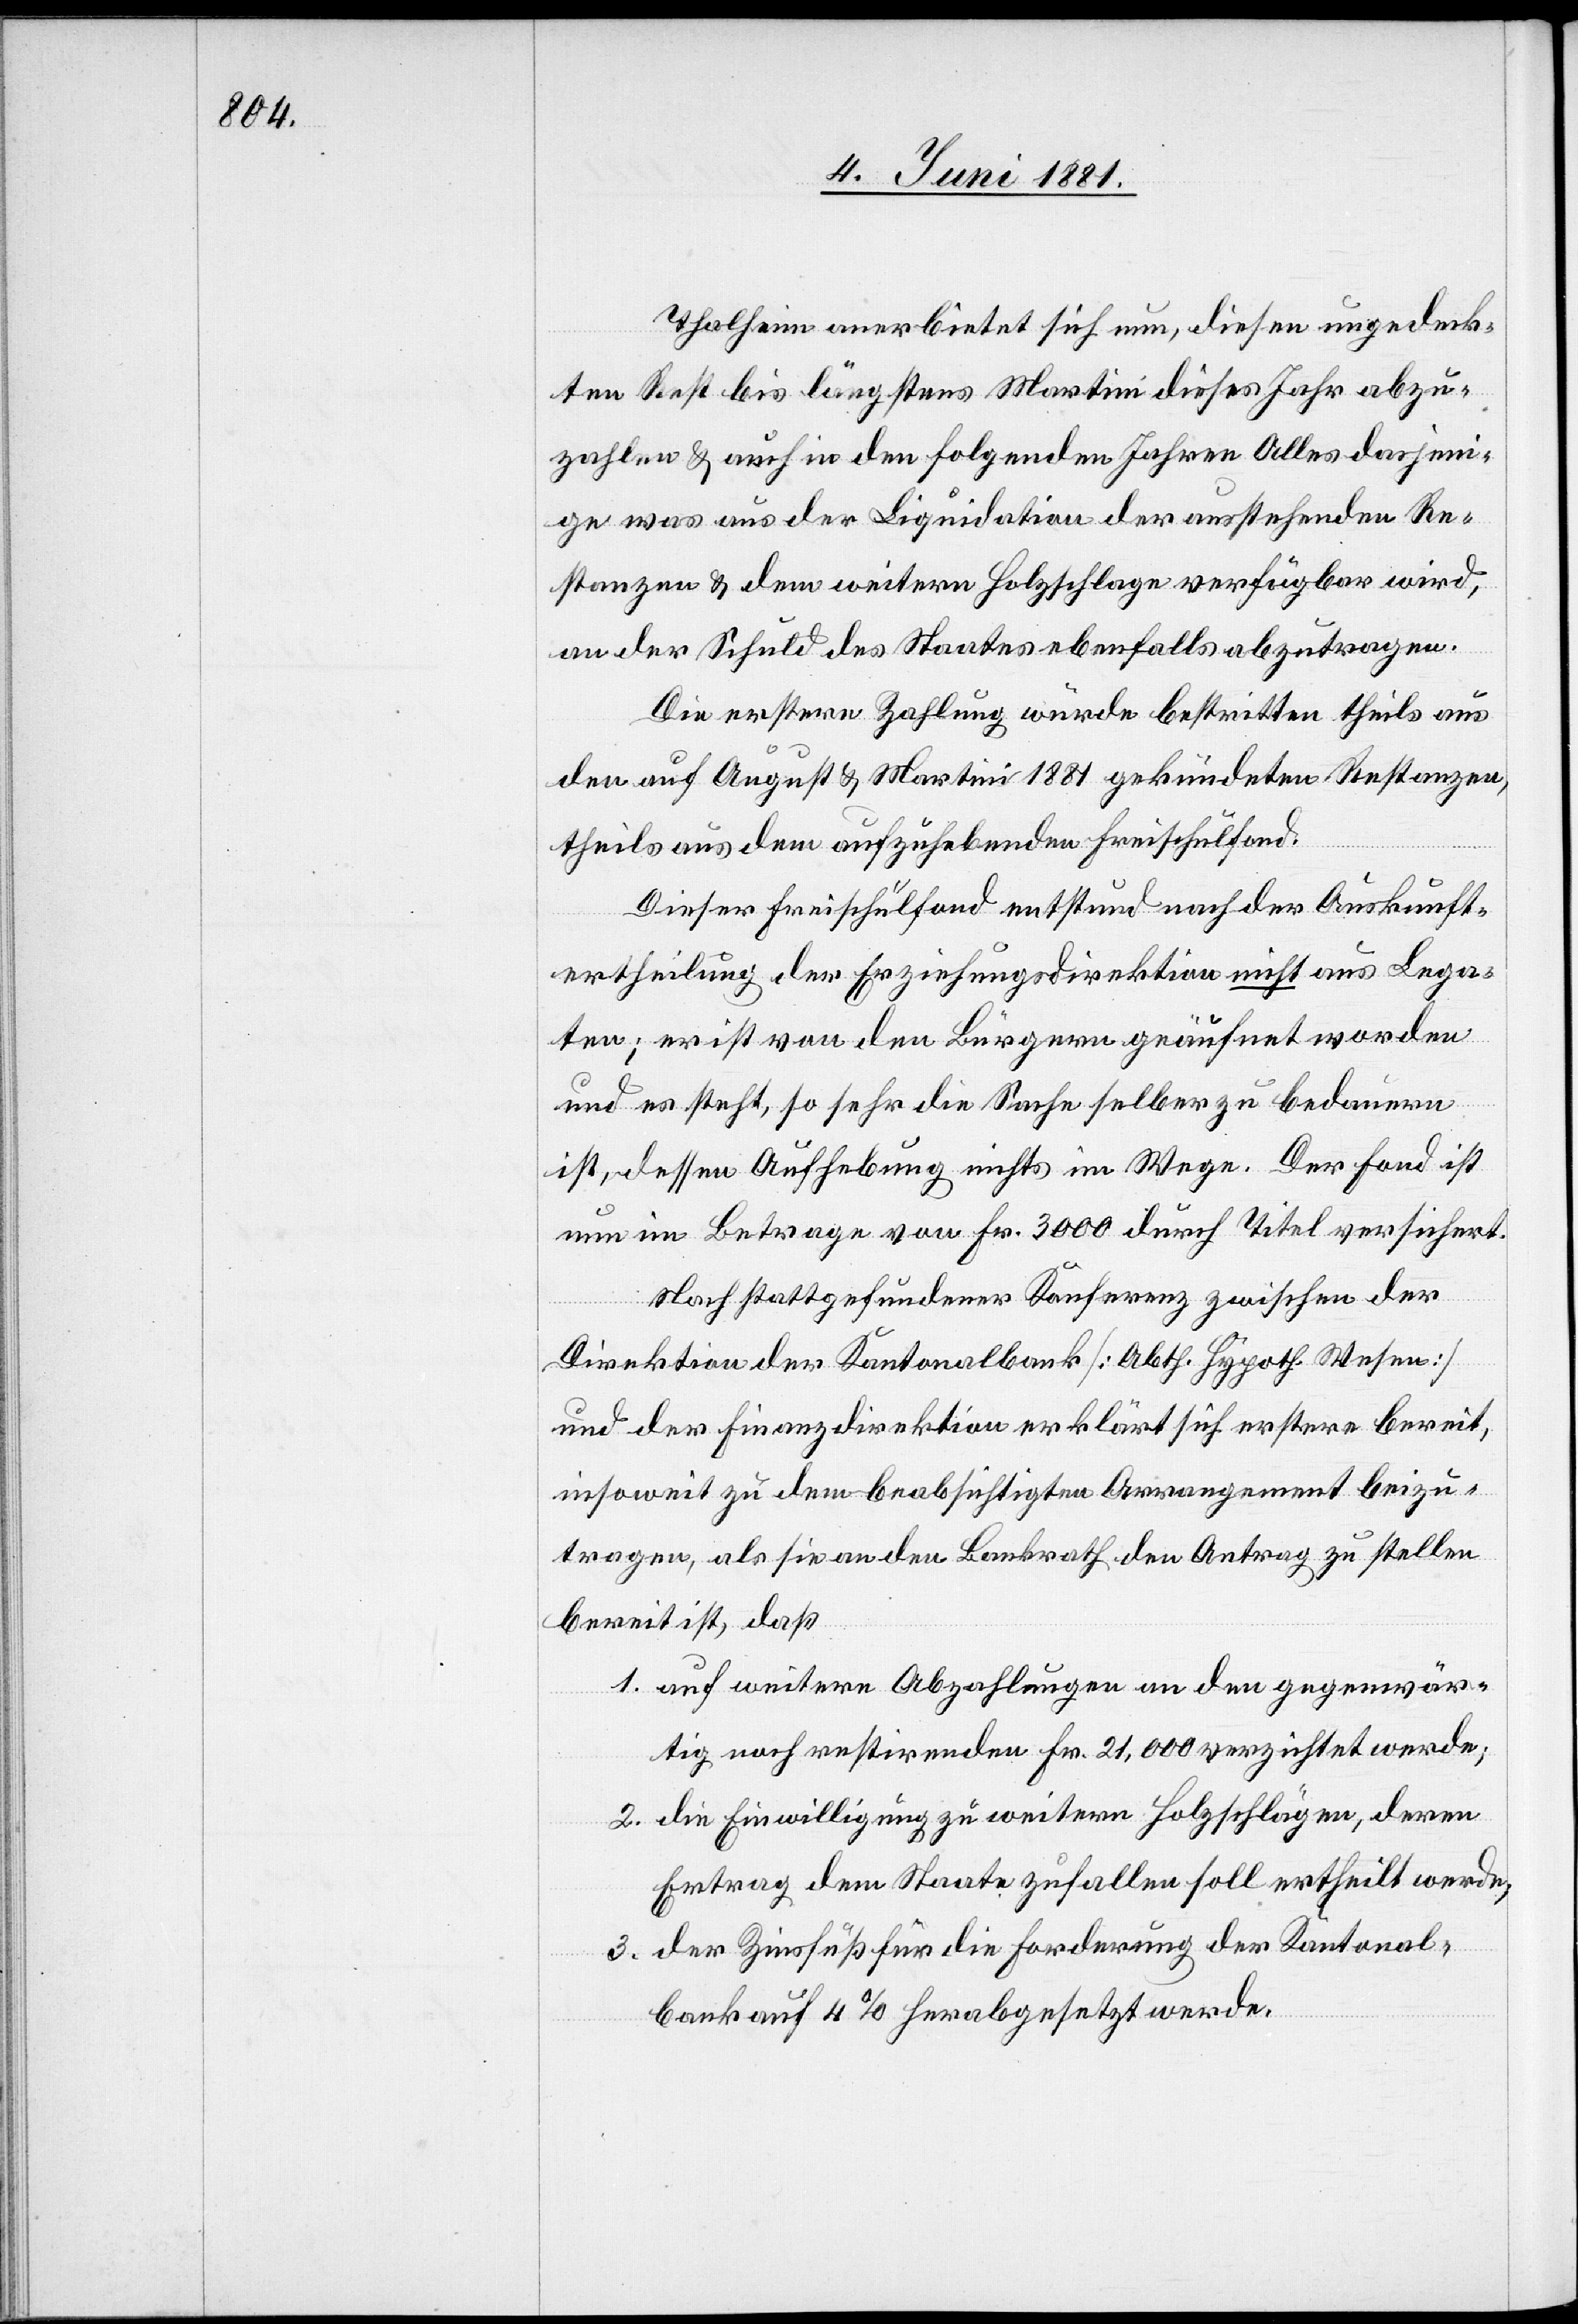
Thalheim anerbietet sich nun, diesen ungedeck¬
ten Rest bis längstens Martini dieses Jahr abzu¬
zahlen & auch in den folgenden Jahren Alles dasjeni¬
ge was aus der Liquidation der ausstehenden Re¬
stanzen & dem weitern Holzschlage verfügbar wird,
an der Schuld des Staates ebenfalls abzutragen.
Die erstere Zahlung wurde bestritten theils aus
den auf August & Martini 1881 gekündeten Restanzen,
theils aus dem aufzuhebenden Freischulfond.
Dieser Freischulfond entstund nach der Auskunft¬
ertheilung der Erziehungsdirektion nicht aus Lega¬
ten; er ist von den Bürgern geäufnet worden
und es steht, so sehr die Sache selber zu bedauern
ist, dessen Aufhebung nichts im Wege. Der Fond ist
nun im Betrage von Fr. 3000 durch Titel versichert.
Nach stattgefundener Konferenz zwischen der
Direktion der Kantonalbank [Abth. Hypoth. Wesen]
und der Finanzdirektion erklärt sich erstere bereit,
insoweit zu dem beabsichtigten Arrangement beizu¬
tragen, als sie an den Bankrath den Antrag zu stellen
bereit ist, daß
1. auf weitere Abzahlungen an den gegenwär¬
tig noch restirenden Fr. 21,000 verzichtet werde;
2. die Einwilligung zu weitern Holzschlägen , deren
Ertrag dem Staate zufallen soll ertheilt werde;
3. der Zinsfuß für die Forderung der Kantonal¬
bank auf 4% herabgesetzt werde.